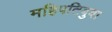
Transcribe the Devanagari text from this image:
महिपतिबुवा